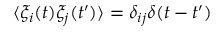
\langle \xi _ { i } ( t ) \xi _ { j } ( t ^ { \prime } ) \rangle = \delta _ { i j } \delta ( t - t ^ { \prime } )